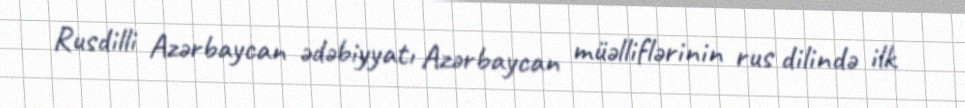
Rusdilli Azərbaycan ədəbiyyatı Azərbaycan müəlliflərinin rus dilində ilk